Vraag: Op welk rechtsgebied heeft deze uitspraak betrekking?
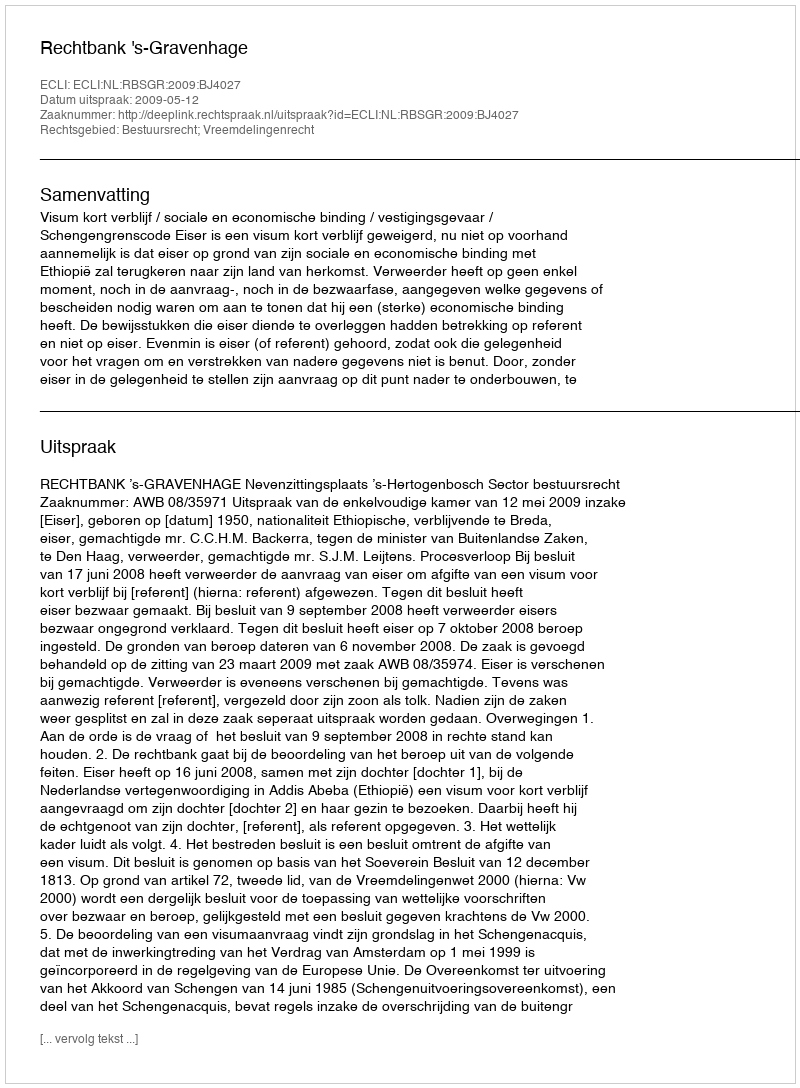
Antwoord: Bestuursrecht; Vreemdelingenrecht